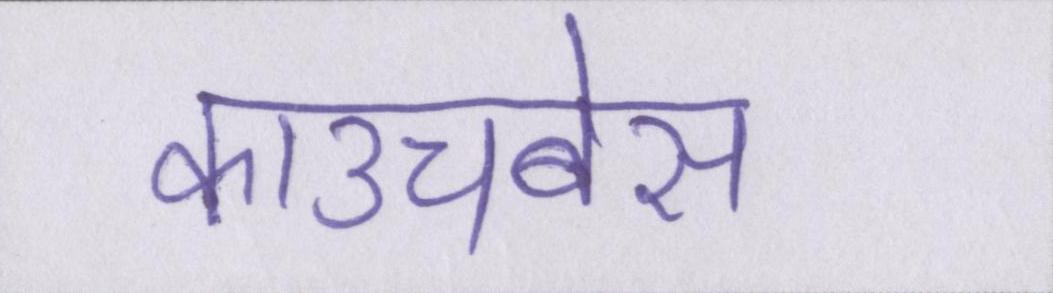
काउचबेस